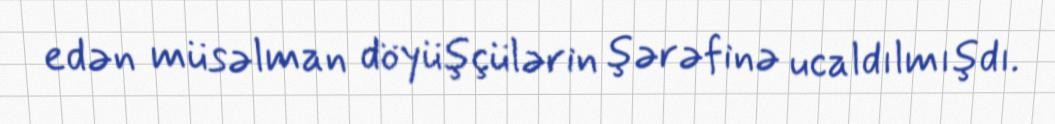
edən müsəlman döyüşçülərin şərəfinə ucaldılmışdı.